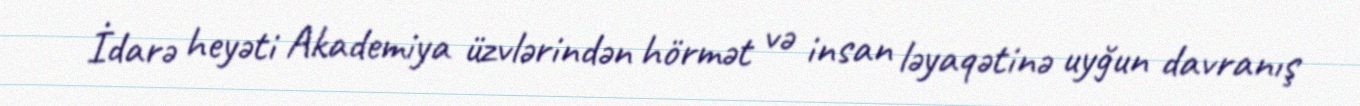
İdarə heyəti Akademiya üzvlərindən hörmət və insan ləyaqətinə uyğun davranış